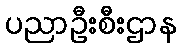
ပညာဦးစီးဌာန